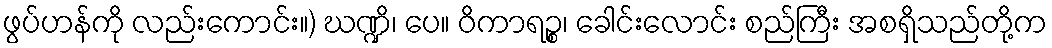
ဖွပ်ဟန်ကို လည်းကောင်း။) ဃဏ္ဍိ၊ ပေ။ ဝိကာရဉ္စ၊ ခေါင်းလောင်း စည်ကြီး အစရှိသည်တို့က